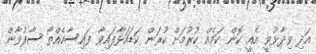
އަދި ވިދާޅުވީ އެއީ ކޮން ކަމެއް ކުރުމަށް ކުރަން ކަޑައަޅާފައިވާ ފައިސާއެއްތޯ ސާފުވާން